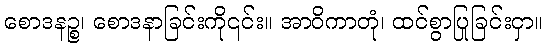
စောဒနဉ္စ၊ စောဒနာခြင်းကို၎င်း။ အာဝိကာတုံ၊ ထင်စွာပြုခြင်းငှာ။